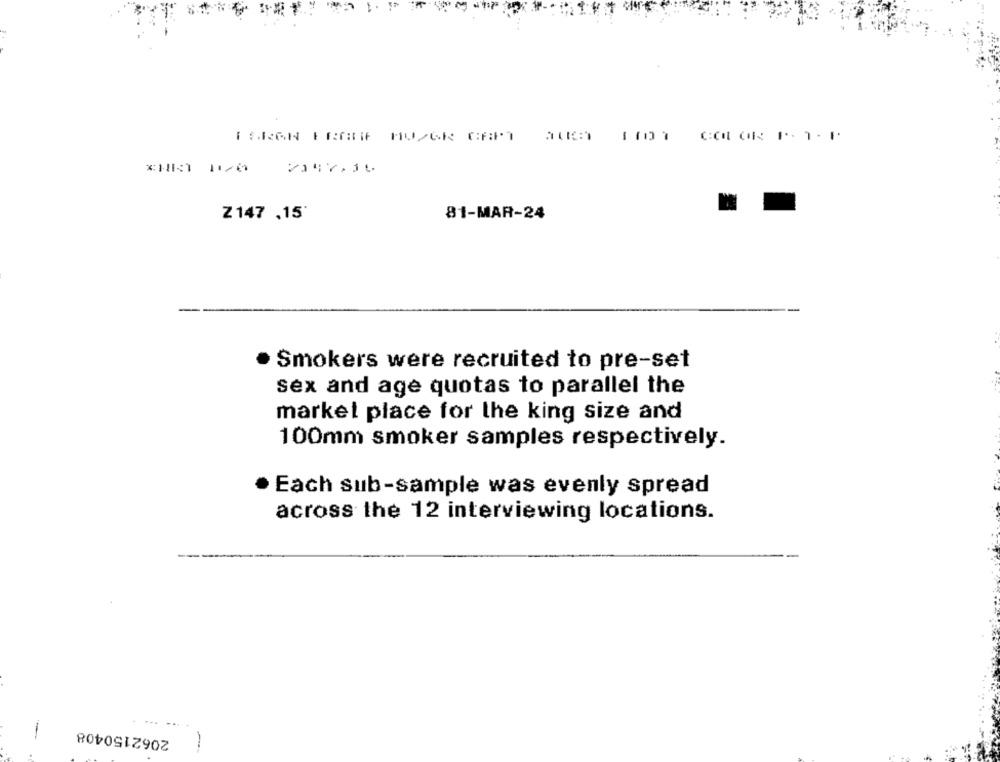
Z 147 ,15'
81-MAR-24
Smokers were recruited to pre-set
sex and age quotas to parallel the
market place for the king size and
100mm smoker samples respectively.
Each sub-sample was evenly spread
across the 12 interviewing locations.
2062150408
-